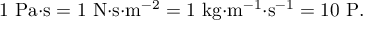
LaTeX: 1 ~ { \mathrm { P a } } { \cdot } { \mathrm { s } } = 1 ~ { \mathrm { N } } { \cdot } { \mathrm { s } } { \cdot } { \mathrm { m } } ^ { - 2 } = 1 ~ { \mathrm { k g } } { \cdot } { \mathrm { m } } ^ { - 1 } { \cdot } { \mathrm { s } } ^ { - 1 } = 1 0 ~ { \mathrm { P } } .